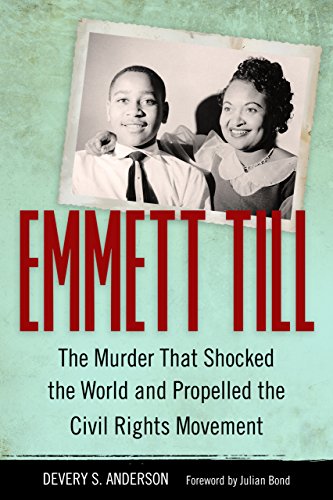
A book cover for Emmett Till: The Murder That Shocked the World and Propelled the Civil Rights Movement (Race, Rhetoric, and Media Series); Devery S. Anderson; History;